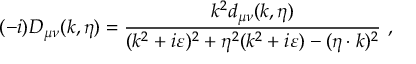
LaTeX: ( - i ) D _ { \mu \nu } ( k , \eta ) = { \frac { k ^ { 2 } d _ { \mu \nu } ( k , \eta ) } { ( k ^ { 2 } + i \varepsilon ) ^ { 2 } + \eta ^ { 2 } ( k ^ { 2 } + i \varepsilon ) - ( \eta \cdot k ) ^ { 2 } } } \ ,